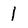
Character: 1